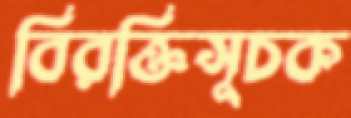
বিরক্তিসূচক